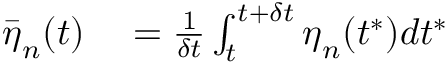
\begin{array} { r l } { \bar { \boldsymbol { \eta } } _ { n } ( t ) } & { { } = \frac { 1 } { \delta t } \int _ { t } ^ { t + \delta t } \boldsymbol { \eta } _ { n } ( t ^ { * } ) d t ^ { * } } \end{array}